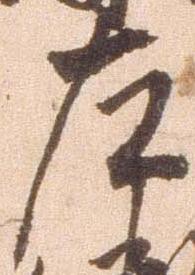
左